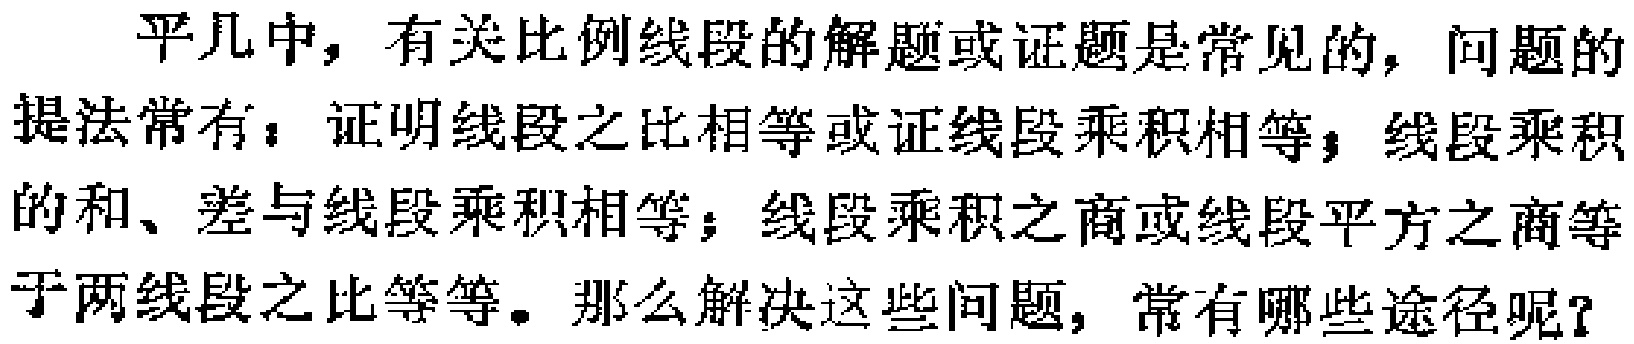
平几中，有关比例线段的解题或证题是常见的，问题的提法常有：证明线段之比相等或证线段乘积相等；线段乘积的和、差与线段乘积相等；线段乘积之商或线段平方之商等于两线段之比等等。那么解决这些问题，常有哪些途径呢？